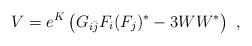
LaTeX: \begin{align*} V=e^K\left(G_{i{\bar j}} F_i (F_j)^*-3WW^*\right)~,\end{align*}